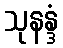
သုနန္ဒံ